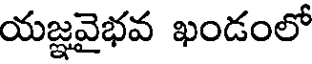
యజ్ఞవైభవ ఖండంలో